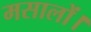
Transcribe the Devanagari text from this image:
मसालों।